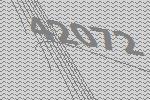
42072